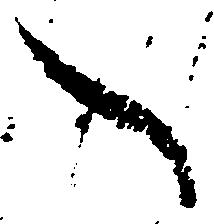
々